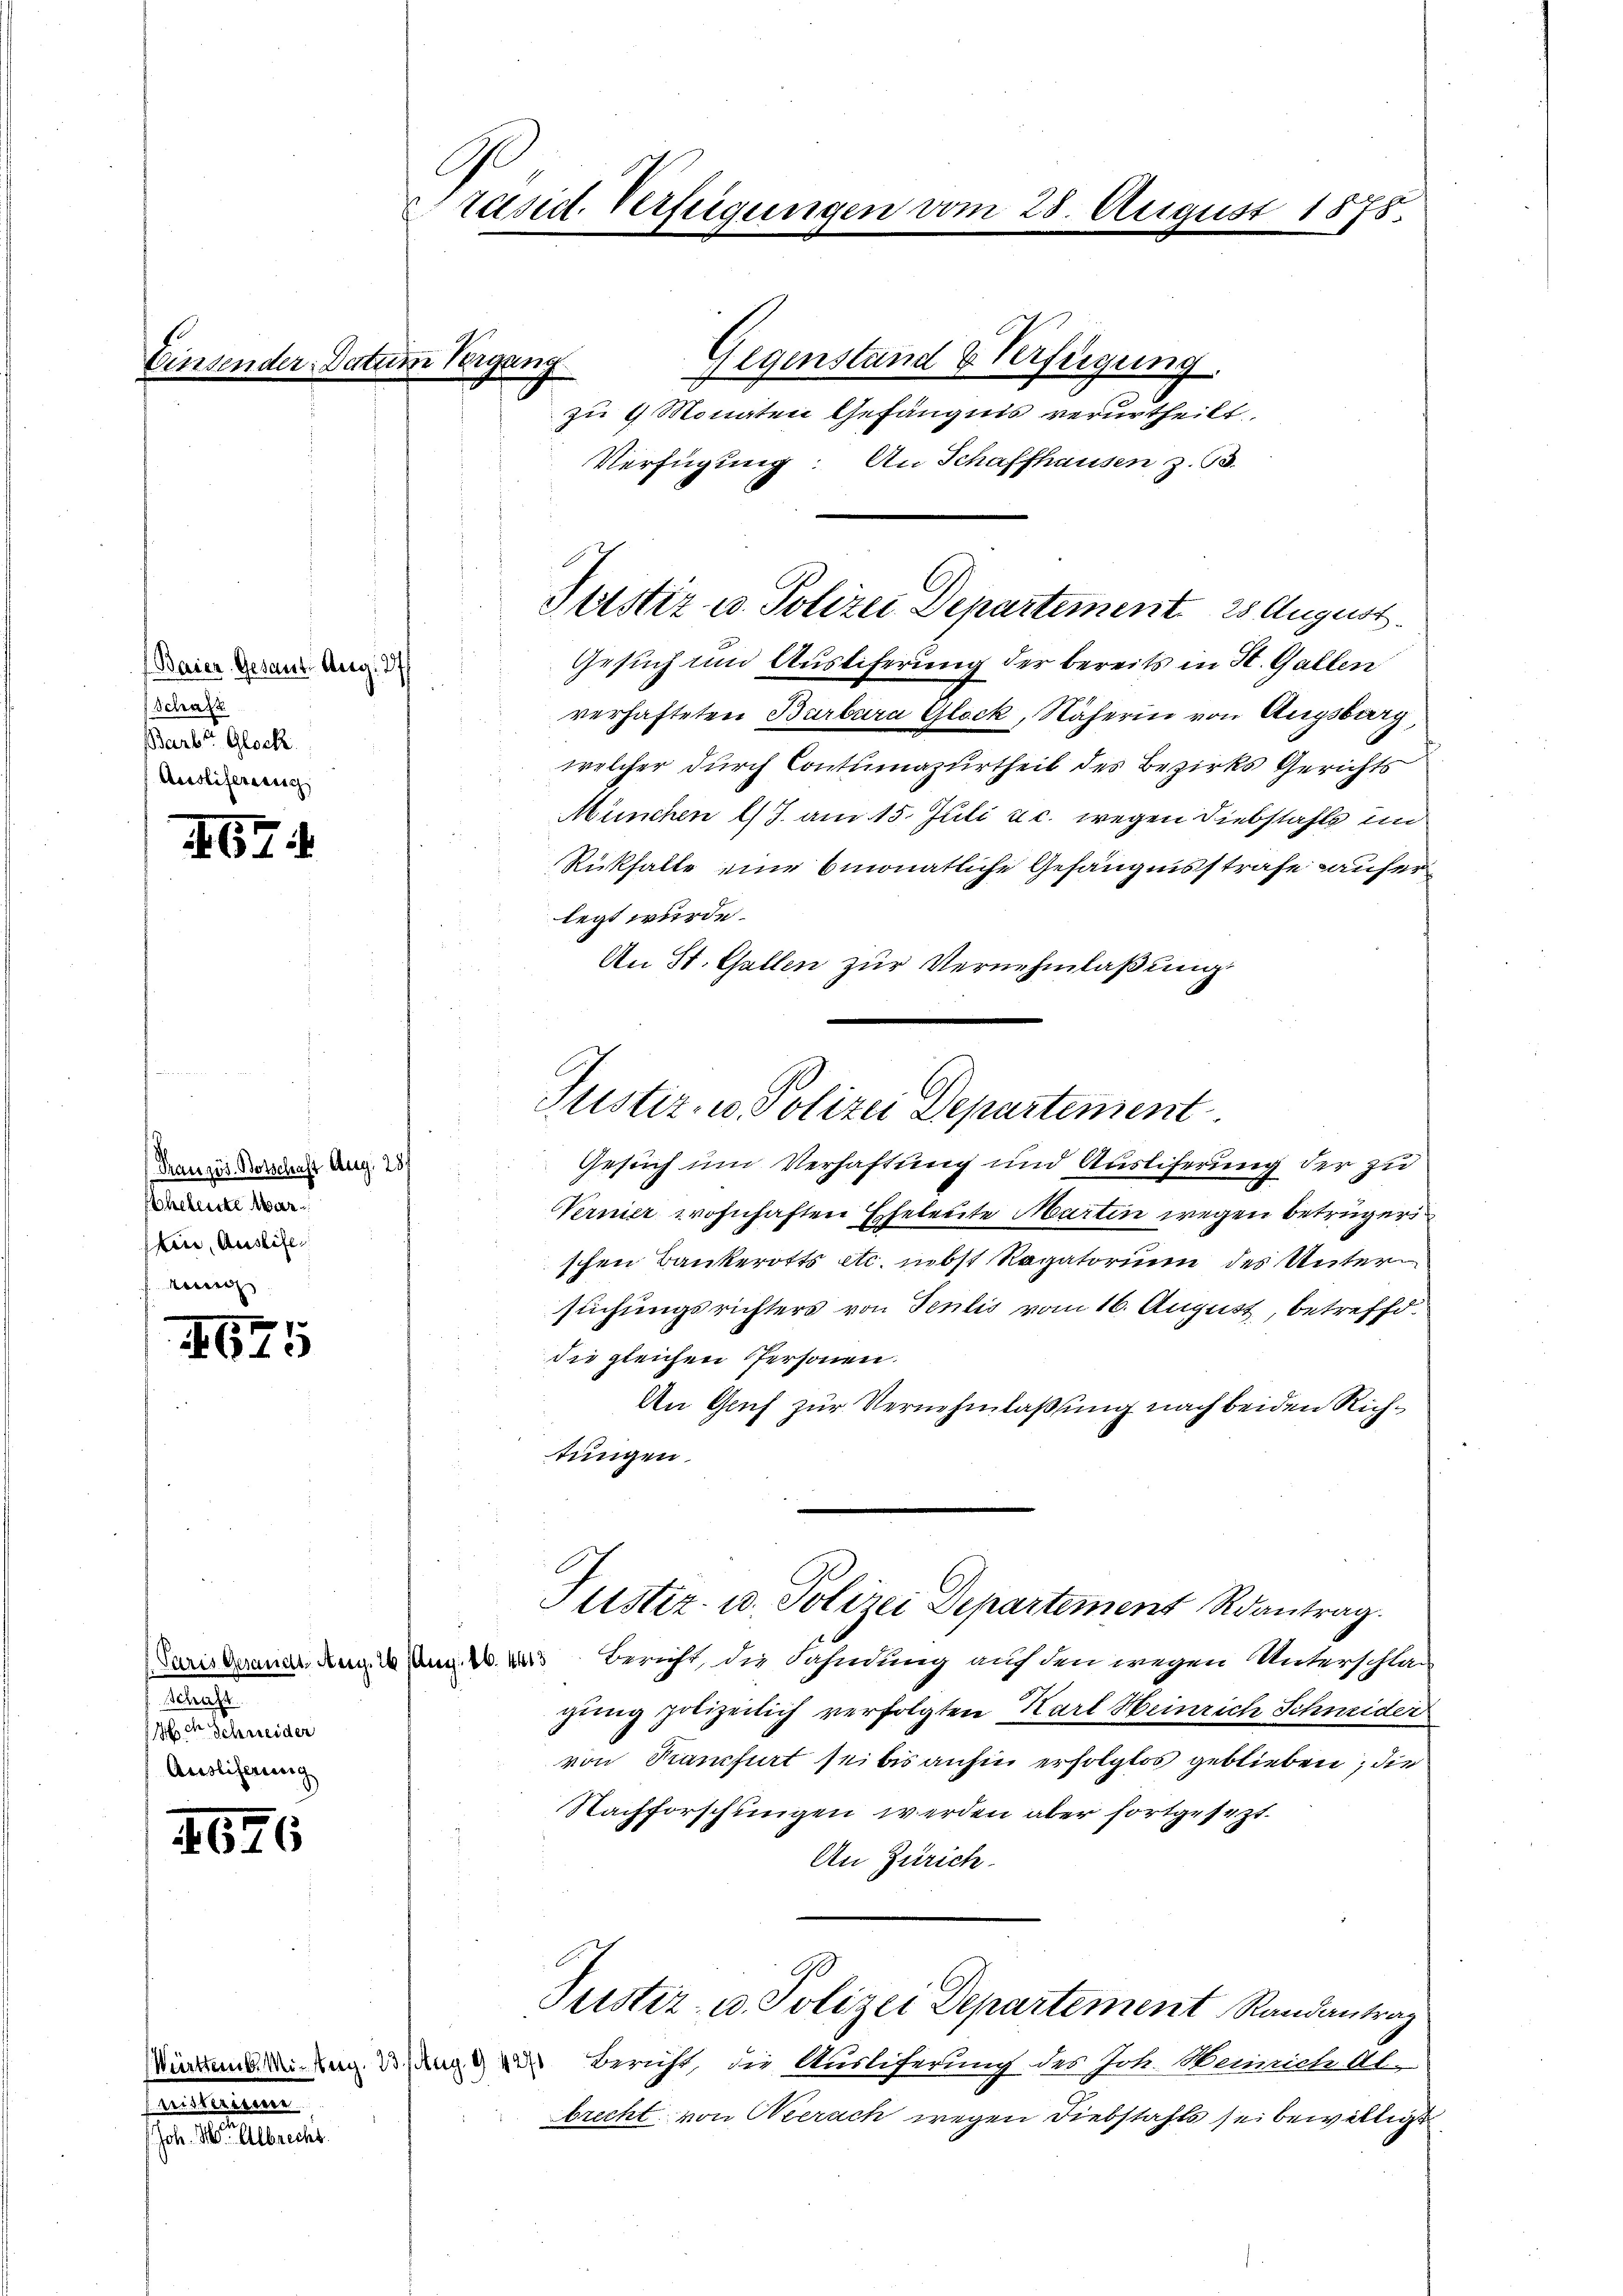
Ein

(Baier Gesant Aug. 37
Schaft
Barb. Glock.
Aesslifereinig

467

Französ. Botschaft Aug. 23.
Eheleute Marfin, Auslife

¬
613

a
e
Ausliferung

1676

seanlassenen
Joh. Herr Albrecht.

nder Datum Begang

xx
Präsid. Verfügungen vom 28. August 1878.

Gegenstand & Verfügung.
zu 9 Monaten Gefängnis verurtheilt.
Verfügung: An Schaffhausen z. B.

Justiz u. Polizei Departement 25 August

Justiz- u. Polizei Departement

Justiz- u. Polizei Departement Roantrag.

Gesuch und Austiferung der bereits in St. Gallen
verhafteten Barbara Glock, Näherin von Augsburg,
welcher durch Contumazurtheil des Bezirks Gerichts
München l/7. am 15. Juli u. c. wegen Diebstahls um
Rückfalle eine 6monatliche Gefängnisstrafe aufer
legt wurde.
An St. Gallen zur Vernehmlaßung.

Gesuch um Verhaftung und Auslieferung der zu
Verner wohnhaften Eheleute Martin wegen betrüger
schen Bankerotts etc. nebst Ragatorium des Untersuchungsrichters von Tenlis vom 16. August, betreffd.
die gleichen Personen.
An Gaich zur Vernehmlassung nach beiden Richtungen.
Paris deraner Ung. Am 2. des Bericht, die Fahndung auf den wegen Unterschlag
gŭng polizeilich verfolgten Karl Heinrich Schneider
von Ranfiert sei bis anhin erfolglos geblieben, die
Nachforschungen werden aber fortgesezt.
An Zürich.
Justiz- u. Polizei Departement Randantrag
inden ung. Solang des Bericht, die Ausliterung des Joh. Weinrich Ab-
brecht von Neerach wegen Diebstahls sei bewilligt